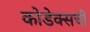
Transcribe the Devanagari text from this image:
कोडेक्सची